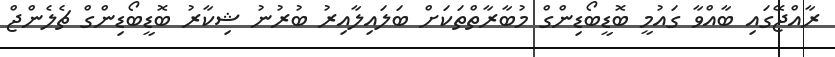
ރާއްޖޭގައި ބާއްވާ ގައުމީ ބޮޑީބޯޑިންގް މުބާރާތްތަކަށް ބަލައިލާއިރު ބުރުނު ޝިކާރު ބޮޑީބޯޑިންގް ޗެލެންޖް